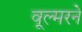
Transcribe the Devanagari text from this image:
वूल्मरने